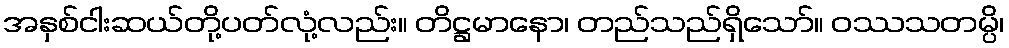
အနှစ်ငါးဆယ်တို့ပတ်လုံ့လည်း။ တိဋ္ဌမာနော၊ တည်သည်ရှိသော်။ ဝဿသတမ္ပိ၊